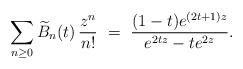
LaTeX: \begin{align*} \sum_{n \ge 0} \widetilde{B}_n (t) \, \frac{z^n}{n!} \ = \ \frac{(1-t) e^{(2t+1)z}} {e^{2tz} - te^{2z}}. \end{align*}